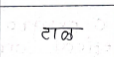
मजकूर: टाळ